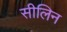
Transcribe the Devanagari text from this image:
सीलिन